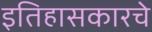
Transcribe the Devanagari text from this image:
इतिहासकारचे